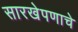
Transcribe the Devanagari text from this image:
सारखेपणाचे